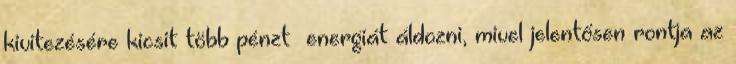
kivitezésére kicsit több pénzt energiát áldozni, mivel jelentősen rontja az